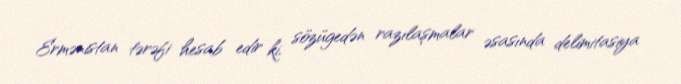
Ermənistan tərəfi hesab edir ki, sözügedən razılaşmalar əsasında delimitasiya